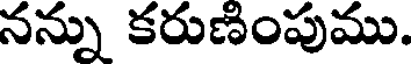
నన్ను కరుణింపుము.